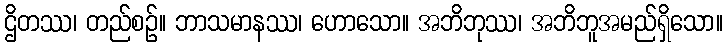
ဌိတဿ၊ တည်စဉ်။ ဘာသမာနဿ၊ ဟောသော။ အဘိဘုဿ၊ အဘိဘူအမည်ရှိသော။